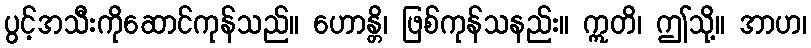
ပွင့်အသီးကိုဆောင်ကုန်သည်။ ဟောန္တိ၊ ဖြစ်ကုန်သနည်း။ ဣတိ၊ ဤသို့။ အာဟ၊